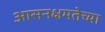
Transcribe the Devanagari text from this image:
आसनक्षमतेच्या